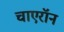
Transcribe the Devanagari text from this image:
चाएरॉन